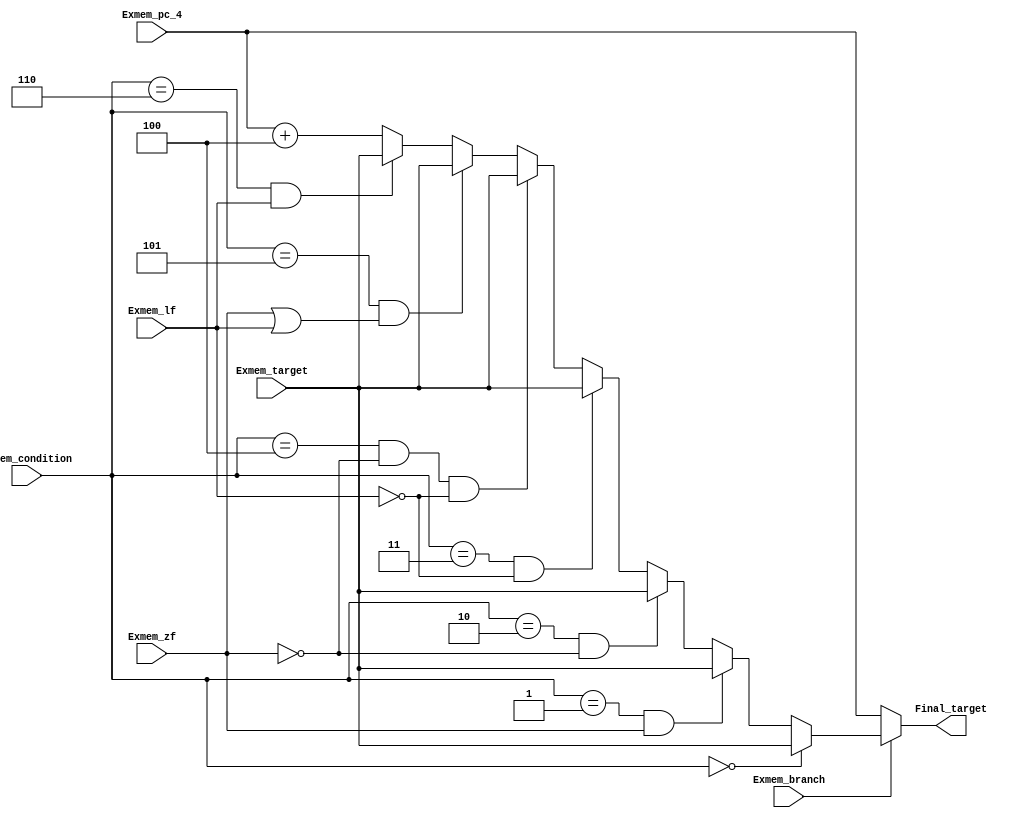
`timescale 1ns / 1ps
//////////////////////////////////////////////////////////////////////////////////
// Company: NJU_CS_COD_2015
// 
// Design Name: final target
// Module Name: final_target
// Project Name: pipeline cpu
// Target Devices:  xc7a100tcsg324-1 
// Tool Versions: 0.0
// Description: ouput final target with condition
// 
// Dependencies: none
// 
// Revision:
// Revision 0.01 - File Created
// Additional Comments:
// 
//////////////////////////////////////////////////////////////////////////////////


module final_target(
	input Exmem_branch,
	input [2:0] Exmem_condition,
	input [31:0] Exmem_target,
	input [31:0] Exmem_pc_4,
	input Exmem_lf,
	input Exmem_zf,
	output reg [31:0] Final_target
);

	always@(*)
	begin
		if(Exmem_branch == 1'b0)
			Final_target = Exmem_pc_4;
		else if(Exmem_condition == 3'b000)
			Final_target = Exmem_target;
		else if((Exmem_condition == 3'b001) && (Exmem_zf == 1'b1))
			Final_target = Exmem_target;
		else if((Exmem_condition == 3'b010) && (Exmem_zf == 1'b0))
			Final_target = Exmem_target;
		else if((Exmem_condition == 3'b011) && (Exmem_lf == 1'b0))
			Final_target = Exmem_target;
		else if((Exmem_condition == 3'b100) && (Exmem_zf == 1'b0) && (Exmem_lf == 1'b0))
			Final_target = Exmem_target;
		else if((Exmem_condition == 3'b101) && ((Exmem_zf == 1'b1) || (Exmem_lf == 1'b1)))
			Final_target = Exmem_target;
		else if((Exmem_condition == 3'b110) && (Exmem_lf == 1'b1))
			Final_target = Exmem_target;
		else if(Exmem_condition == 3'b111)
			Final_target = Exmem_pc_4 + 4;
		else
			Final_target = Exmem_pc_4 + 4;
	end
	
endmodule